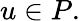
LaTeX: u\in P.